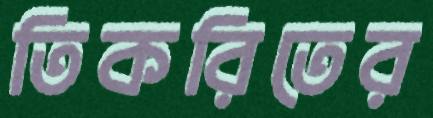
তিকরিতের